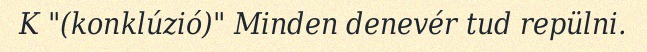
K "(konklúzió)" Minden denevér tud repülni.